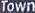
Town